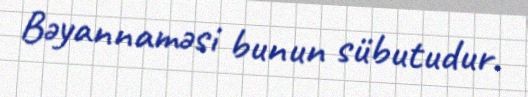
Bəyannaməsi bunun sübutudur.